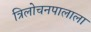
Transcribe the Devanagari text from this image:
त्रिलोचनपालाला